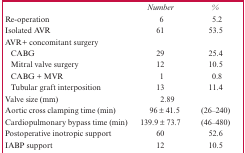
<table><thead><tr><td></td><td><b><i>Number</i></b></td><td><b><i>%</i></b></td></tr></thead><tbody><tr><td>Re-operation</td><td>6</td><td>5.2</td></tr><tr><td>Isolated AVR</td><td>61</td><td>53.5</td></tr><tr><td colspan="3">AVR+ concomitant surgery</td></tr><tr><td>CABG</td><td>29</td><td>25.4</td></tr><tr><td>Mitral valve surgery</td><td>12</td><td>10.5</td></tr><tr><td>CABG + MVR</td><td>1</td><td>0.8</td></tr><tr><td>Tubular graft interposition</td><td>13</td><td>11.4</td></tr><tr><td>Valve size (mm)</td><td>2.89</td><td></td></tr><tr><td>Aortic cross clamping time (min)</td><td>96 ± 41.5</td><td>(26–240)</td></tr><tr><td>Cardiopulmonary bypass time (min)</td><td>139.9 ± 73.7</td><td>(46–480)</td></tr><tr><td>Postoperative inotropic support</td><td>60</td><td>52.6</td></tr><tr><td>IABP support</td><td>12</td><td>10.5</td></tr></tbody></table>